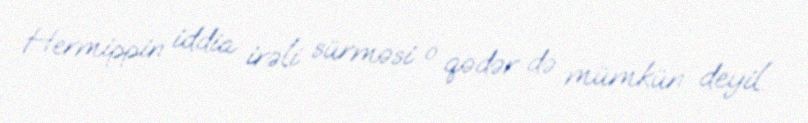
Hermippin iddia irəli sürməsi o qədər də mümkün deyil.